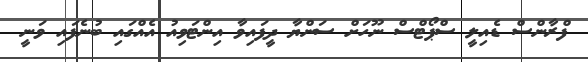
ފްރާންސް ޑެއިލީ ސްޕޯޓްސް ނޫހަށް ސަންޔާ ދީފައިވާ އިންޓަވިއު އެއްގައި ބުނެފައި ވަނީ